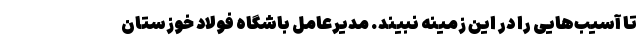
تا آسیب‌هایی را در این زمینه نبیند. مدیرعامل باشگاه فولاد خوزستان